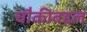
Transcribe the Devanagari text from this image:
चौकीबद्दल